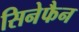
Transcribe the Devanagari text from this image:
सिनेफैन